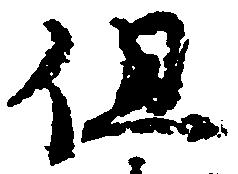
但